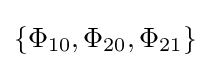
\{\Phi _{10},\Phi _{20},\Phi _{21}\}